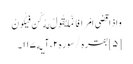
وَاِذَا قَضَی اَمْراً فَاِنَّمَا یَقُولُ لَهُ کُن فَیَکُونُ
[۵] بقره/سوره۲، آیه۱۱۷۔